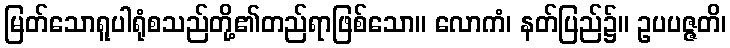
မြတ်သောရူပါရုံစသည်တို့၏တည်ရာဖြစ်သော။ လောကံ၊ နတ်ပြည်၌။ ဥပပဇ္ဇတိ၊